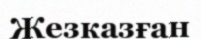
Жезказған